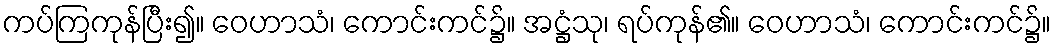
ကပ်ကြကုန်ပြီး၍။ ဝေဟာသံ၊ ကောင်းကင်၌။ အဋ္ဌံသု၊ ရပ်ကုန်၏။ ဝေဟာသံ၊ ကောင်းကင်၌။